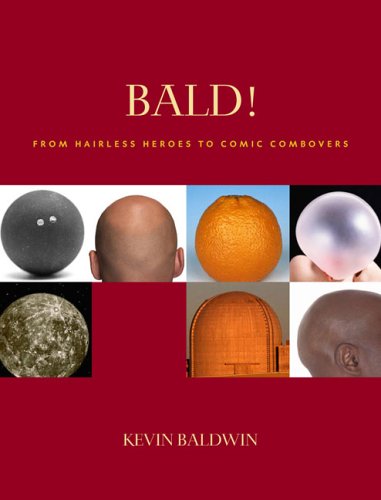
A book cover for Bald!: From Hairless Heroes to Comic Combovers; Kevin Baldwin; Health, Fitness & Dieting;